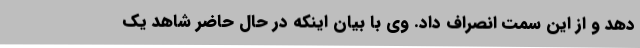
دهد و از این سمت انصراف داد. وی با بیان اینکه در حال حاضر شاهد یک